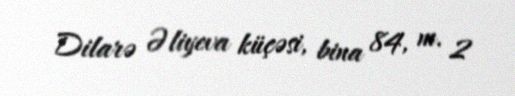
Dilarə Əliyeva küçəsi, bina 84, m. 2